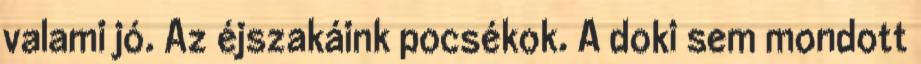
valami jó. Az éjszakáink pocsékok. A doki sem mondott